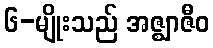
၆-မျိုးသည် အဇ္ဈာဇီဝ